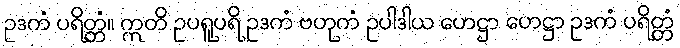
ဥဒကံ ပရိတ္တံ။ ဣတိ ဥပရူပရိ ဥဒကံ ဗဟုကံ ဥပါဒါယ ဟေဋ္ဌာ ဟေဋ္ဌာ ဥဒကံ ပရိတ္တံ